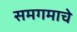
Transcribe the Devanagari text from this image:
समगमाचे